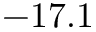
- 1 7 . 1